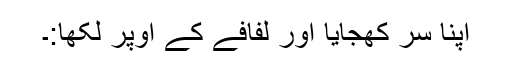
اپنا سر کھجایا اور لفافے کے اوپر لکھا:۔